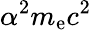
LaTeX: \alpha^{2}m_{\mathrm{e}}c^{2}